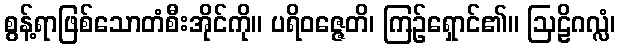
စွန့်ရာဖြစ်သောတံစီးအိုင်ကို။ ပရိဝဇ္ဇေတိ၊ ကြဉ်ရှောင်၏။ ဩဠိဂလ္လံ၊